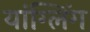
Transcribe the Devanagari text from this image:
यांग्लिंग